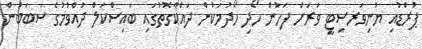
ޕުރްޑުއި ޔުނިވަރސިޓީ ވަރަށް ފަހުން ހޯދި ހޯދުމަކުން ދައްކާގޮތުގައި ބައިސްކަލް ދުއްވުމުގެ ސަބަބުން